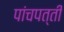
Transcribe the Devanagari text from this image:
पांचपत्ती